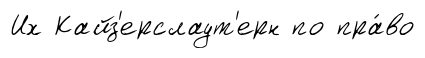
Их Кайз'ерслаут'ерн по пра́во